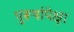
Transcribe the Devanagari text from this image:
पुरूषांपेक्षा